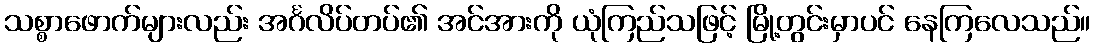
သစ္စာဖောက်များလည်း အင်္ဂလိပ်တပ်၏ အင်အားကို ယုံကြည်သဖြင့် မြို့တွင်းမှာပင် နေကြလေသည်။